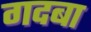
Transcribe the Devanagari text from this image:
गदबा